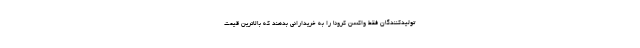
تولیدکنندگان فقط واکسن کرونا را به خریدارانی بدهند که بالاترین قیمت